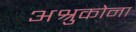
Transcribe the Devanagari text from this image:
अश्रुकोना